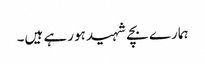
ہمارے بچے شہید ہورہے ہیں۔